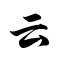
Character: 云